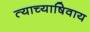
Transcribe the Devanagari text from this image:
त्याच्याषिवाय